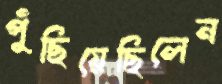
পুঁছিয়েছিলেন